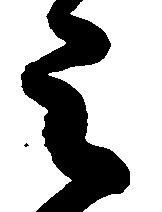
被